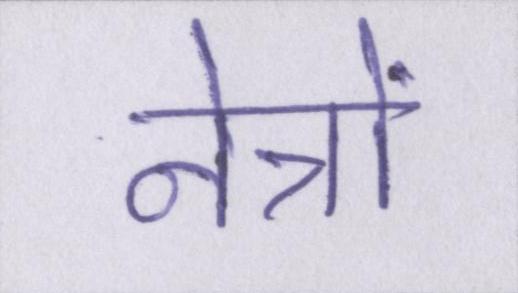
नेत्रों